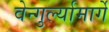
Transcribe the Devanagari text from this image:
वेन्गुर्ल्यामार्गे